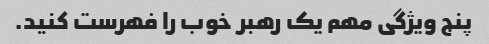
پنج ویژگی مهم یک رهبر خوب را فهرست کنید.